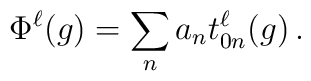
\Phi^\ell(g) =  \sum_{n} a_n t^\ell_{0n}(g)\, .